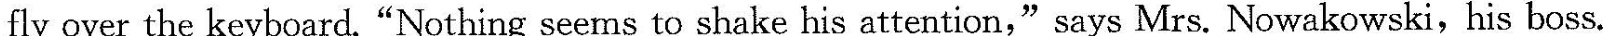
fly over the keyboard. "Nothing seems to shake his attention," says Mrs. Nowakowski, his boss.